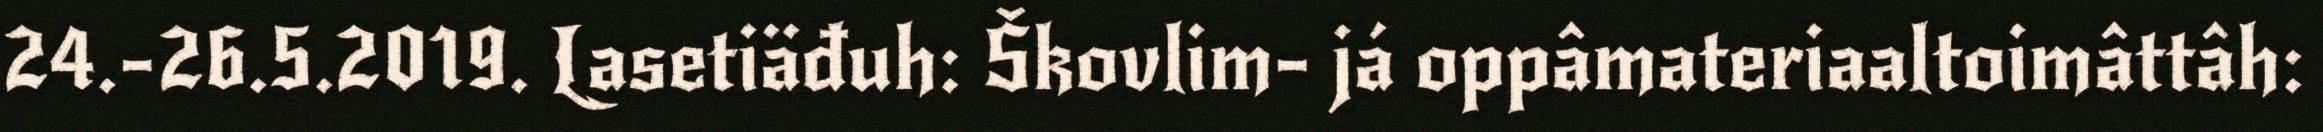
24.-26.5.2019. Lasetiäđuh: Škovlim- já oppâmateriaaltoimâttâh: